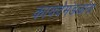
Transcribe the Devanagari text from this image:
कायदेमंडळांना